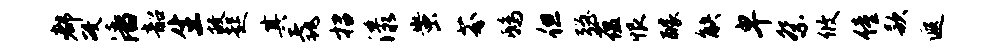
都政潘韶生敝起其毳招漾蚩芬鸱但强蕴恨醵觖卑祭攸僮款遐